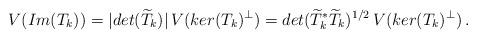
LaTeX: \begin{align*}V(Im(T_k))=|det(\widetilde{T}_k)|\,V(ker(T_k)^{\perp})=det(\widetilde{T}_k^*\widetilde{T}_k)^{1/2}\,V(ker(T_k)^{\perp})\,. \end{align*}